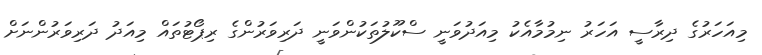
މިއަހަރުގެ ދިރާސީ އަހަރު ނިމުމާއެކު މިއަދުވަނީ ސްކޫލުތަކުންވަނީ ދަރިވަރުންގެ ރިޕޯޓުތައް މިއަދު ދަރިވަރުންނަށް